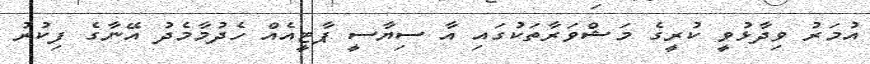
އުމަރު ވިދާޅުވީ ކުރީގެ މަޝްވަރާތަކުގައި އާ ސިޔާސީ ޕާޓީއެއް ހެދުމާމެދު އޭނާގެ ފިކުރު